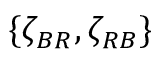
\{ \zeta _ { B R } , \zeta _ { R B } \}